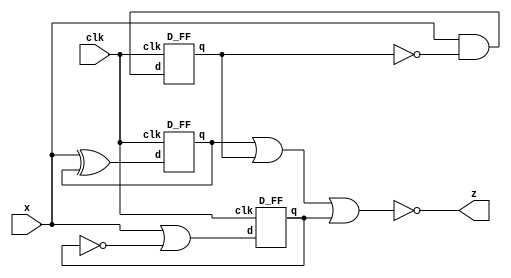
module top_module (
    input clk,
    input x,
    output z
); 
	wire d1, d2, d3, q1, q2, q3;
    
    assign d1 = x ^ q1;
    assign d2 = x & ~q2;
    assign d3 = x | ~q3;
    
    D_FF dff1(.clk(clk), .d(d1), .q(q1));
    D_FF dff2(.clk(clk), .d(d2), .q(q2));
    D_FF dff3(.clk(clk), .d(d3), .q(q3));

    assign z = ~(q1 | q2 | q3);

endmodule

module D_FF(
    input clk, 
    input d, 
    output reg q
);
    
    always @(posedge clk) begin
        q <= d;
    end
    
endmodule